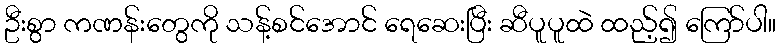
ဦးစွာ ကဏန်းတွေကို သန့်စင်အောင် ရေဆေးပြီး ဆီပူပူထဲ ထည့်၍ ကြော်ပါ။